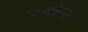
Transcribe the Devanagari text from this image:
पुरुषकेंद्रित